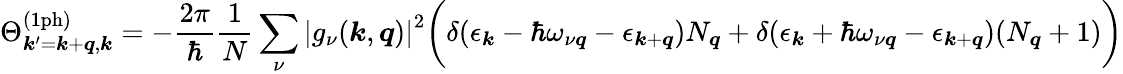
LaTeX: \Theta_{\boldsymbol{k}^{\prime}=\boldsymbol{k}+\boldsymbol{q},\boldsymbol{k}}^{\mathrm{(1ph)}}=-\frac{2\pi}{\hbar}\frac{1}{N}\sum_{\nu}\left|g_{\nu}(\boldsymbol{k},\boldsymbol{q})\right|^{2}\bigg(\delta(\epsilon_{\boldsymbol{k}}-\hbar\omega_{\nu\boldsymbol{q}}-\epsilon_{\boldsymbol{k}+\boldsymbol{q}})N_{\boldsymbol{q}}+\delta(\epsilon_{\boldsymbol{k}}+\hbar\omega_{\nu\boldsymbol{q}}-\epsilon_{\boldsymbol{k}+\boldsymbol{q}})(N_{\boldsymbol{q}}+1)\bigg)